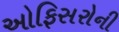
ઓફિસરોની